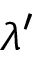
\lambda ^ { \prime }